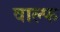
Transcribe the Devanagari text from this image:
वाल्फ